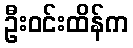
ဦးဝင်းထိန်က